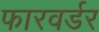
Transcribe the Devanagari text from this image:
फारवर्डर